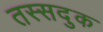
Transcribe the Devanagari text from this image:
तस्सदुक